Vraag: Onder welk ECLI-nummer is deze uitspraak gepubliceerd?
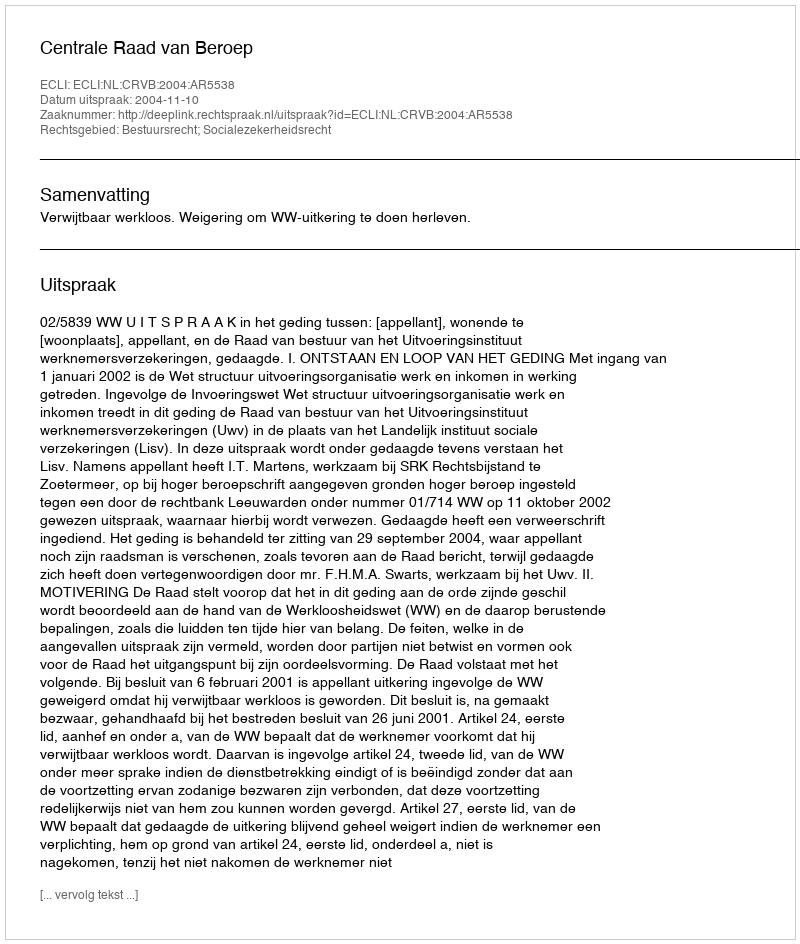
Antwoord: ECLI:NL:CRVB:2004:AR5538